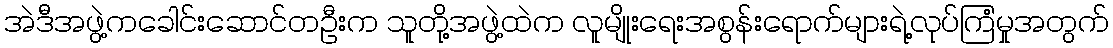
အဲဒီအဖွဲ့ကခေါင်းဆောင်တဦးက သူတို့အဖွဲ့ထဲက လူမျိုးရေးအစွန်းရောက်များရဲ့လုပ်ကြံမှုအတွက်